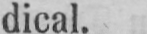
dical.